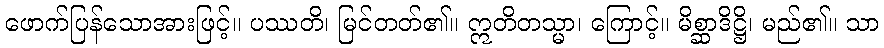
ဖောက်ပြန်သောအားဖြင့်။ ပဿတိ၊ မြင်တတ်၏။ ဣတိတသ္မာ၊ ကြောင့်။ မိစ္ဆာဒိဋ္ဌိ၊ မည်၏။ သာ